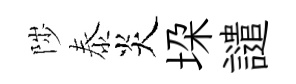
陟泰炎垜譴